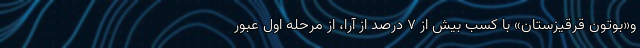
و«بوتون قرقیزستان» با کسب بیش از ۷ درصد از آرا، از مرحله اول عبور